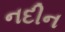
નદીન